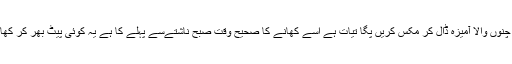
دیسی کو گرم کر کے ڈیڑھ یا دو چمچ چنوں والا آمیزہ ڈال کر مکس کریں پُگا تیات ہے اسے کھانے کا صحیح وقت صبح ناشتےسے پہلے کا ہے یہ کوئی پیٹ بھر کر کھانے والی ڈش نہیں ہے روزانہ دو چمچ۔